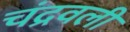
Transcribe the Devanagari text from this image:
चंद्रवली